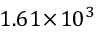
1 . 6 1 \! \times \! 1 0 ^ { 3 }